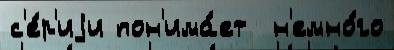
с'е́р'иjи пон'има́ет  н'емно́го